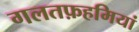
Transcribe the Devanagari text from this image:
गलतफ़हमियां